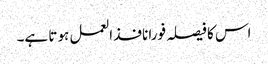
اس کا فیصلہ فورا نافذ العمل ہو تا ہے۔